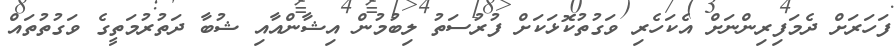
ފަހަރަށް ދެމަފިރިންނަށް އެކަހެރި ވަގުތުކޮޅަކަށް ފުރުސަތު ލިބުމުން އިޝާންއާއި ޝުބާ ދަތުރުމަތީގެ ވަގުތުތައް